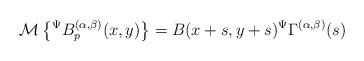
LaTeX: \begin{align*}\mathcal{M}\left\lbrace {}^{\Psi}B_{p}^{(\alpha,\beta)}(x,y)\right\rbrace =B(x+s,y+s){}^{\Psi}\Gamma^{(\alpha,\beta)}(s)\end{align*}